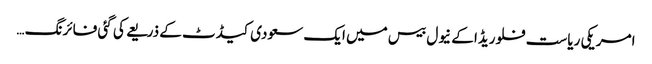
امریکی ریاست فلوریڈا کے نیول بیس میں ایک سعودی کیڈٹ کے ذریعے کی گئی فائرنگ …